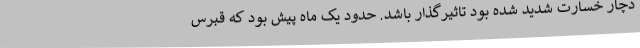
دچار خسارت شدید شده بود تاثیرگذار باشد. حدود یک ماه پیش بود که قبرس